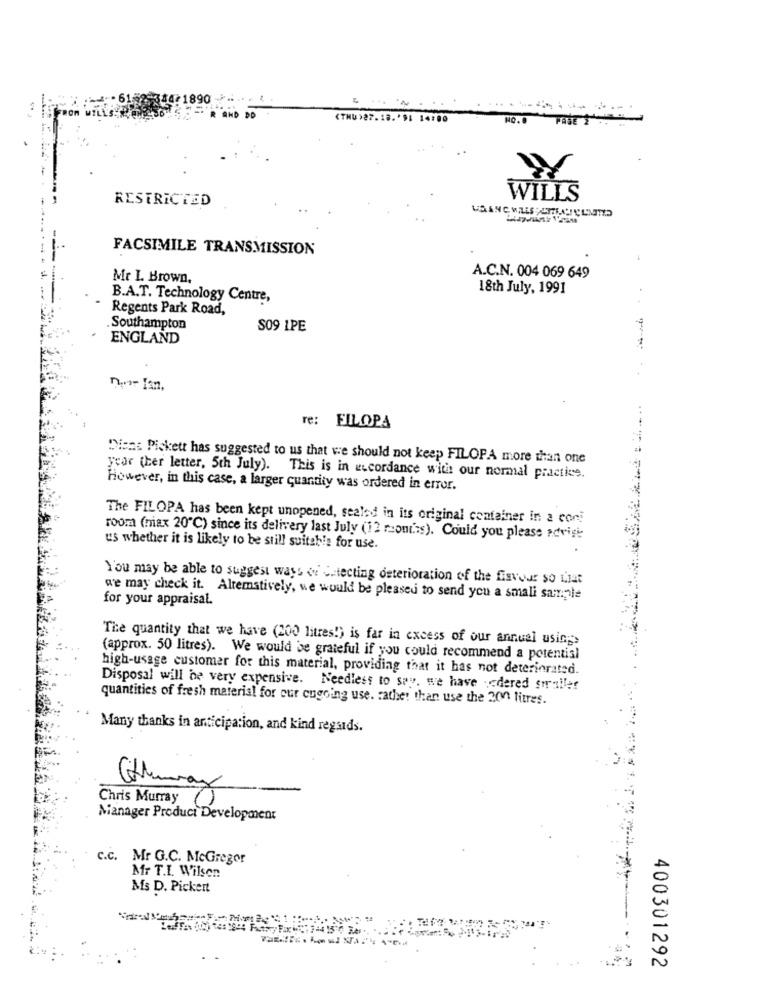
2. 61
1890
DD
(THU)27.18 .* 9: 14:00
NO. 8
PASE 1
RESTRICTED
WILLS
FACSIMILE TRANSMISSION
Mr L. Brown,
A.C.N. 004 069 649
18th July, 1991
B.A.T. Technology Centre,
Regents Park Road,
.Southampton
S09 1PE
1
ENGLAND
nur- Ian,
re: FILOPA
Dich: Pickett has suggested to us that we should not keep FILOPA more than one
year (her letter, 5th July). This is in accordance with our normal practice.
However, in this case, a larger quantity was ordered in error.
The FILOPA has been kept unopened, sealed in its original container in a con!
room (max 20℃) since its delivery last July (12 reont'ss). Could you please advise
us whether it is likely to be still suitable for use.
You may be able to suggest ways of selecting deterioration of the flavour so that
for your appraisal.
we may check it. Altematively, we would be pleased to send you a small sample
The quantity that we have (200 litres!) is far in excess of our annual usicp>
(approx. 50 litres). We would be grateful if you could recommend a potentisi
high-usage customer for this material, providing that it has not deteriorated.
Disposal will be very expensive. Needless to say. we have dered siraller
quantities of fresh material for our cugoing use. rather than use the 200 litres.
Many thanks in anticipation, and kind regards.
Chris Murray )
Manager Product Development
c.c. Mr G.C. McGregor
Mr T.I. Wilson
Ms D. Pickert
400301292